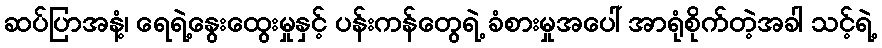
ဆပ်ပြာအနံ့၊ ရေရဲ့နွေးထွေးမှုနှင့် ပန်းကန်တွေရဲ့ ခံစားမှုအပေါ် အာရုံစိုက်တဲ့အခါ သင့်ရဲ့